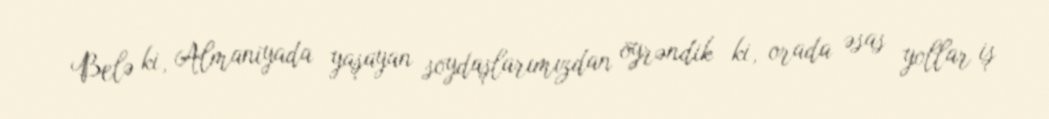
Belə ki, Almaniyada yaşayan soydaşlarımızdan öyrəndik ki, orada əsas yollar iş